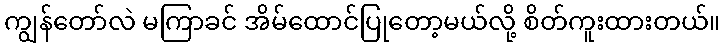
ကျွန်တော်လဲ မကြာခင် အိမ်ထောင်ပြုတော့မယ်လို့ စိတ်ကူးထားတယ်။